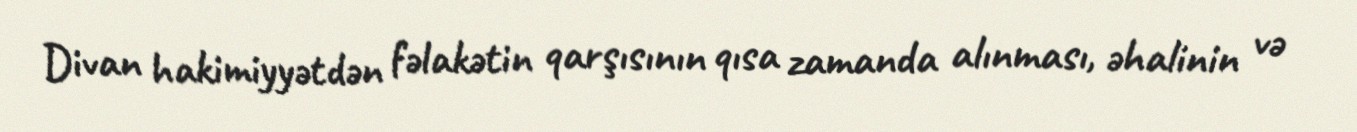
Divan hakimiyyətdən fəlakətin qarşısının qısa zamanda alınması, əhalinin və